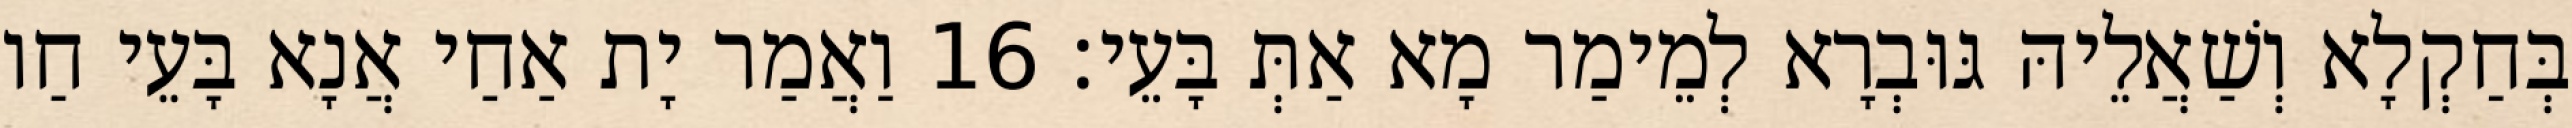
בְּחַקְלָא וְשַׁאֲלֵיהּ גּוּבְרָא לְמֵימַר מָא אַתְּ בָּעֵי׃ 16 וַאֲמַר יָת אַחַי אֲנָא בָּעֵי חַו